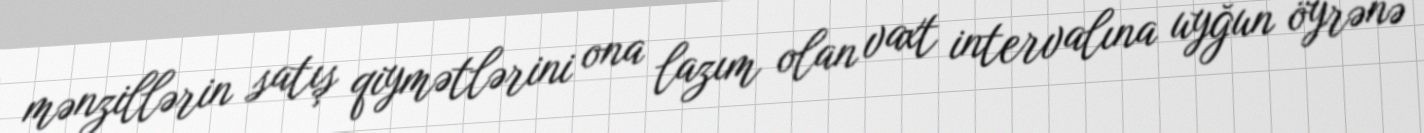
mənzillərin satış qiymətlərini ona lazım olan vaxt intervalına uyğun öyrənə